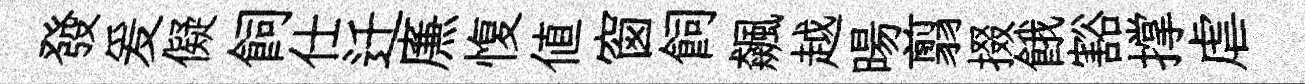
發爰儗飼仕迁㢘愎值窗飼飆越暘翦掇餓豁撑虐